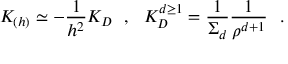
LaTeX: K _ { ( h ) } \simeq - { \frac { 1 } { h ^ { 2 } } } K _ { D } ~ ~ , ~ ~ K _ { D } ^ { d \geq 1 } = { \frac { 1 } { \Sigma _ { d } } } { \frac { 1 } { \rho ^ { d + 1 } } } ~ ~ .